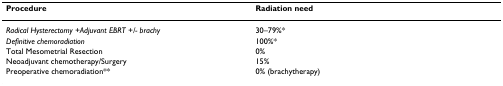
| Procedure | Radiation need |
 | --- | --- |
 | Radical Hysterectomy +Adjuvant EBRT +/- brachy | 30–79%* |
 | Definitive chemoradiation | 100%* |
 | Total Mesometrial Resection | 0% |
 | Neoadjuvant chemotherapy/Surgery | 15% |
 | Preoperative chemoradiation** | 0% (brachytherapy) |